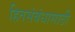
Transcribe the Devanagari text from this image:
हितसंबंधासाठी